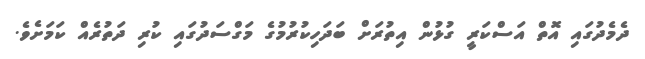
ދެމެދުގައި އޮތް އަސްކަރީ ގުޅުން އިތުރަށް ބަދަހިކުރުމުގެ މަގްސަދުގައި ކުރި ދަތުރެއް ކަމަށެވެ.